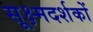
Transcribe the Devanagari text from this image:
सूक्ष्मदर्शकों